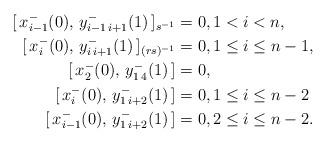
LaTeX: \begin{align*} [\,x_{i-1}^-(0),\,y_{i-1\, i+1}^-(1)\,]_{s^{-1}}&=0, 1<i<n, \\ [\,x_{i}^-(0),\,y_{i\, i+1}^-(1)\,]_{(rs)^{-1}}&=0,1\leq i \leq n-1,\\ [\,x_2^-(0),\,y_{1\,4}^-(1)\,]&=0,\\ [\,x_{i}^-(0),\,y_{1\, i+2}^-(1)\,]&=0, 1\leq i \leq n-2\\ [\,x_{i-1}^-(0),\,y_{1\, i+2}^-(1)\,]&=0,2\leq i \leq n-2. \end{align*}